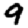
Digit: 9